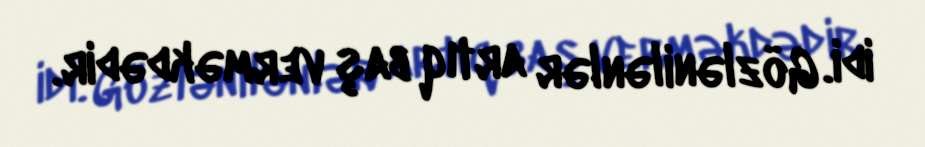
idi. Gözlənilənlər artıq baş verməkdədir.